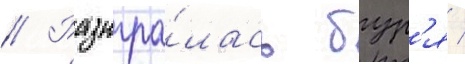
// Разыгра́лась бур'я /